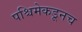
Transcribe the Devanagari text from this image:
पश्चिमेकडूनच